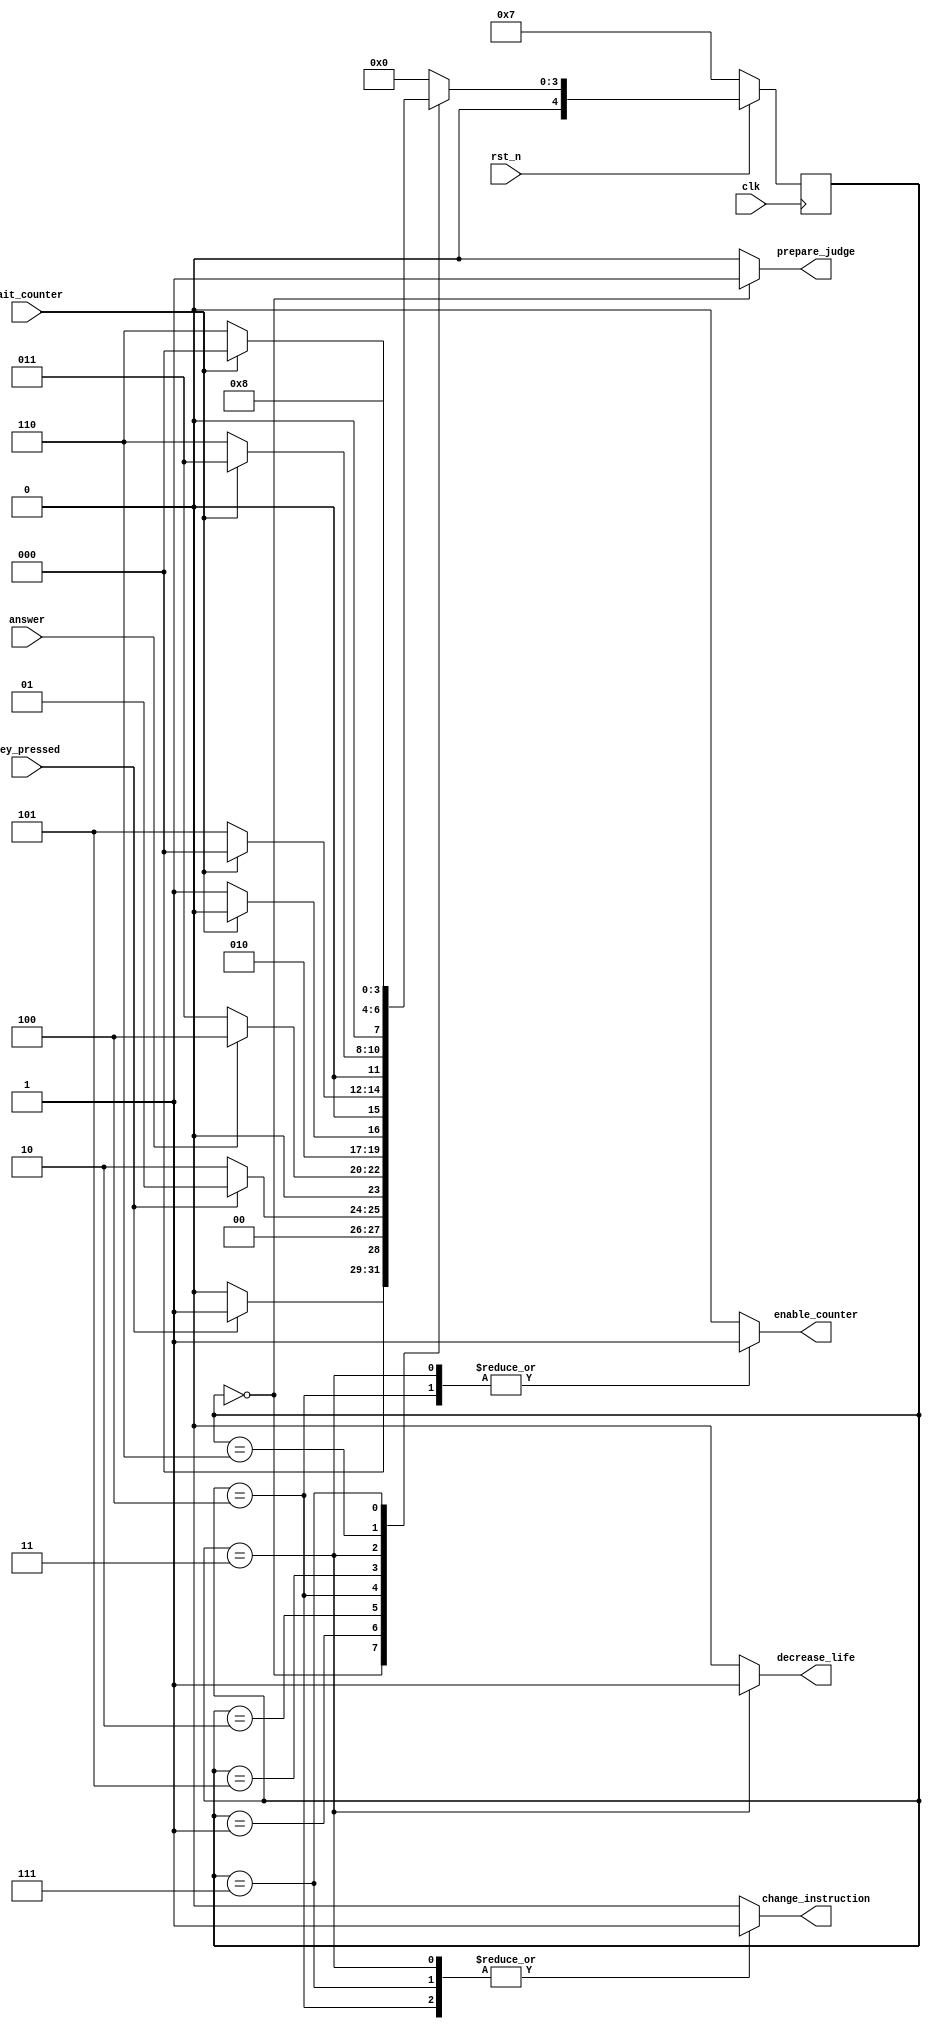
module control1 (clk, rst_n, key_pressed, answer, wait_counter, prepare_judge, enable_counter, change_instruction, decrease_life);

	input clk;    // Clock
	input rst_n;  // Asynchronous reset active low
	input key_pressed; //User input new answer, 1 when key is pressed
	input answer; // Returned from judge, 1 when answer matchs the key
	input wait_counter; // Returned from counter, 1 if more than that counting time
	output reg prepare_judge; // Start to prepare judge unit, from Nothing to Judge
	output reg enable_counter; // Start to run transition counter
	output reg change_instruction;
	output reg decrease_life;
	reg [4:0] CURRENT_STATE, NEXT_STATE;


	localparam INSTRUCTION_STATE = 5'b00000,
			   INSTRUCTION_WAIT = 5'b00001,
			   ANSWER_STATE = 5'b00010,
			   WRONG_STATE = 5'b00011,
			   CORRECT_STATE = 5'b00100,
			   CORRECT_WAIT = 5'b00101,
			   WRONG_WAIT = 5'b00110,
			   START_STATE = 5'b00111,
			   START_WAIT = 5'b01000;

	always @(*) begin : FSM_TABLE
		case(CURRENT_STATE)
			INSTRUCTION_STATE: NEXT_STATE= key_pressed? INSTRUCTION_WAIT : INSTRUCTION_STATE;
			INSTRUCTION_WAIT: NEXT_STATE= key_pressed? INSTRUCTION_WAIT : ANSWER_STATE;
			ANSWER_STATE: NEXT_STATE= answer? CORRECT_STATE : WRONG_STATE;
			CORRECT_STATE: NEXT_STATE= wait_counter? CORRECT_STATE: CORRECT_WAIT;
			CORRECT_WAIT: NEXT_STATE= wait_counter? INSTRUCTION_STATE: CORRECT_WAIT;
			WRONG_STATE: NEXT_STATE= wait_counter? WRONG_STATE: WRONG_WAIT;
			WRONG_WAIT: NEXT_STATE= wait_counter? INSTRUCTION_STATE: WRONG_WAIT;
			START_STATE: NEXT_STATE = START_WAIT;
			START_WAIT: NEXT_STATE = INSTRUCTION_STATE;
			default: NEXT_STATE = INSTRUCTION_STATE;
		endcase
	end

	always @(*) begin : FSM_ASSIGNMENTS
		prepare_judge = 1'b0;
		enable_counter = 1'b0;
		change_instruction = 1'b0;
		decrease_life = 1'b0;
		case(CURRENT_STATE)
			INSTRUCTION_STATE: 
				begin
					prepare_judge = 1'b1;
				end
			CORRECT_STATE: // once enable counter, reset counter answer to 0, count to 0
				begin
					enable_counter = 1'b1;
					change_instruction = 1'b1;
				end

			WRONG_STATE: // once enable counter, reset counter answer to 0, count to 0
				begin
					enable_counter = 1'b1;
					change_instruction = 1'b1;
					decrease_life = 1'b1;
				end
			START_STATE:
				begin
					change_instruction = 1'b1;
				end
		endcase
	end

	always @(posedge clk) begin : FF_FSM
		if(~rst_n) 
			 CURRENT_STATE<= START_STATE;
		 else 
			 CURRENT_STATE<= NEXT_STATE;
	end


endmodule